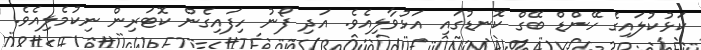
ކަޅުކުލައިގެ ހޭންޑް ބޭގް ކޮނޑުގައި އަޅުވާލިއެވެ. އަދި ފޯނު ހިފައިގެން ކޮޓަރިން ނިކުމެލިއެވެ.